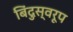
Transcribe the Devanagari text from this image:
बिंदुस्वरूप